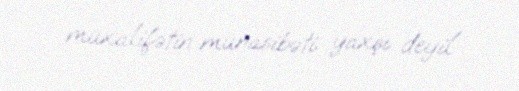
müxalifətin münasibəti yaxşı deyil.